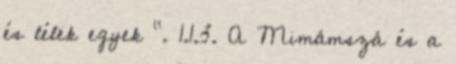
és lélek egyek ". 1.1.3. A Mimámszá és a